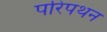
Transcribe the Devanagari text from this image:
परिपथन